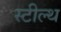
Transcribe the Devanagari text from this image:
स्‍टील्‍थ